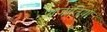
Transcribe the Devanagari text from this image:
प्राजातियां